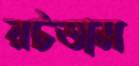
রটতাম